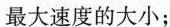
最大速度的大小；